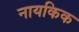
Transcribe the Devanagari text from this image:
नायकिक